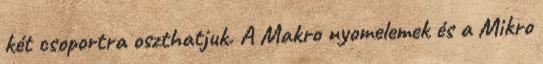
két csoportra oszthatjuk. A Makro nyomelemek és a Mikro